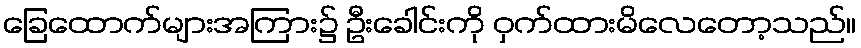
ခြေထောက်များအကြား၌ ဦးခေါင်းကို ဝှက်ထားမိလေတော့သည်။